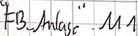
Text: "FB_Anlage".M1